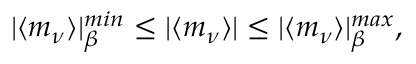
| \langle m _ { \nu } \rangle | _ { \beta } ^ { m i n } \leq | \langle m _ { \nu } \rangle | \leq | \langle m _ { \nu } \rangle | _ { \beta } ^ { m a x } ,